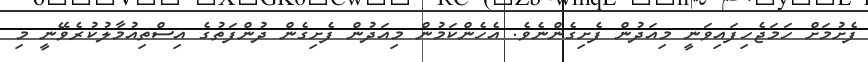
ފެށުމަށް ހަމަޖެހިފައިވަނީ މިއަދުން ފެށިގެންނެވެ. އެހެންކަމުން މިއަދުން ފެށިގެން ދުންފަތުގެ އިސްތިއުމާލުކުރެވޭނީ މި